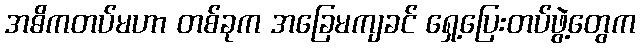
အဓိကတပ်မဟာ တစ်ခုက အခြေမကျခင် ရှေ့ပြေးတပ်ဖွဲ့တွေက